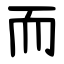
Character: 而